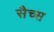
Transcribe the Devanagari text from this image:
सैच्‍स